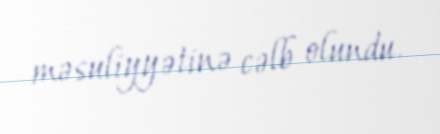
məsuliyyətinə cəlb olundu.